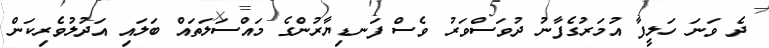
ދެ ވަނަ ހަލީފާ އުމަރުގެފާނު ދުވަސްވަރު ވެސް ފަނޑިޔާރުންގެ މައްސަލަތައް ބަަލައި އަދުލުވެރިކަން